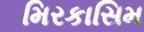
મિરકાસિમ